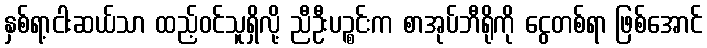
နှစ်ရာ့ငါးဆယ်သာ ထည့်ဝင်သူရှိလို့ ညီဦးပဉ္စင်းက စာအုပ်ဘီရိုကို ငွေတစ်ရာ ဖြစ်အောင်